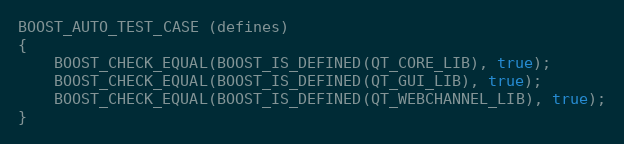
Language: C++
BOOST_AUTO_TEST_CASE (defines)
{
    BOOST_CHECK_EQUAL(BOOST_IS_DEFINED(QT_CORE_LIB), true);
    BOOST_CHECK_EQUAL(BOOST_IS_DEFINED(QT_GUI_LIB), true);
    BOOST_CHECK_EQUAL(BOOST_IS_DEFINED(QT_WEBCHANNEL_LIB), true);
}